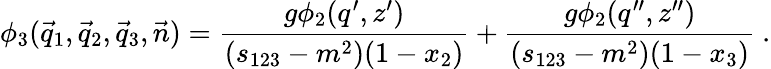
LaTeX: \phi_{3}(\vec{q}_{1},\vec{q}_{2},\vec{q}_{3},\vec{n})=\frac{g\phi_{2}(q^{\prime},z^{\prime})}{(s_{123}-m^{2})(1-x_{2})}+\frac{g\phi_{2}(q^{\prime\prime},z^{\prime\prime})}{(s_{123}-m^{2})(1-x_{3})}\ .